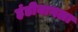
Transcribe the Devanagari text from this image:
हंडीबागला